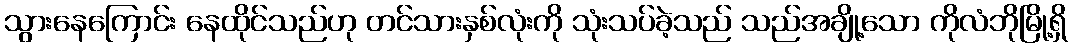
သွားနေကြောင်း နေထိုင်သည်ဟု တင်သားနှစ်လုံးကို သုံးသပ်ခဲ့သည် သည်အချို့သော ကိုလံဘိုမြို့ရှိ